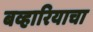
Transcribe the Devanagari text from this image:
बव्हारियाचा